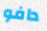
دافو